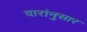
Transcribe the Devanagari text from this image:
वारांनुसार